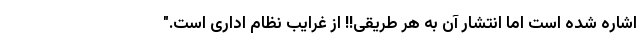
اشاره شده است اما انتشار آن به هر طریقی!! از غرایب نظام اداری است."